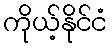
ကိုယ့်နိုင်ငံ